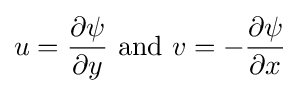
u={\frac {\partial \psi }{\partial y}}{\text{ and }}v=-{\frac {\partial \psi }{\partial x}}